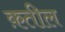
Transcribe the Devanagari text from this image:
क़तील